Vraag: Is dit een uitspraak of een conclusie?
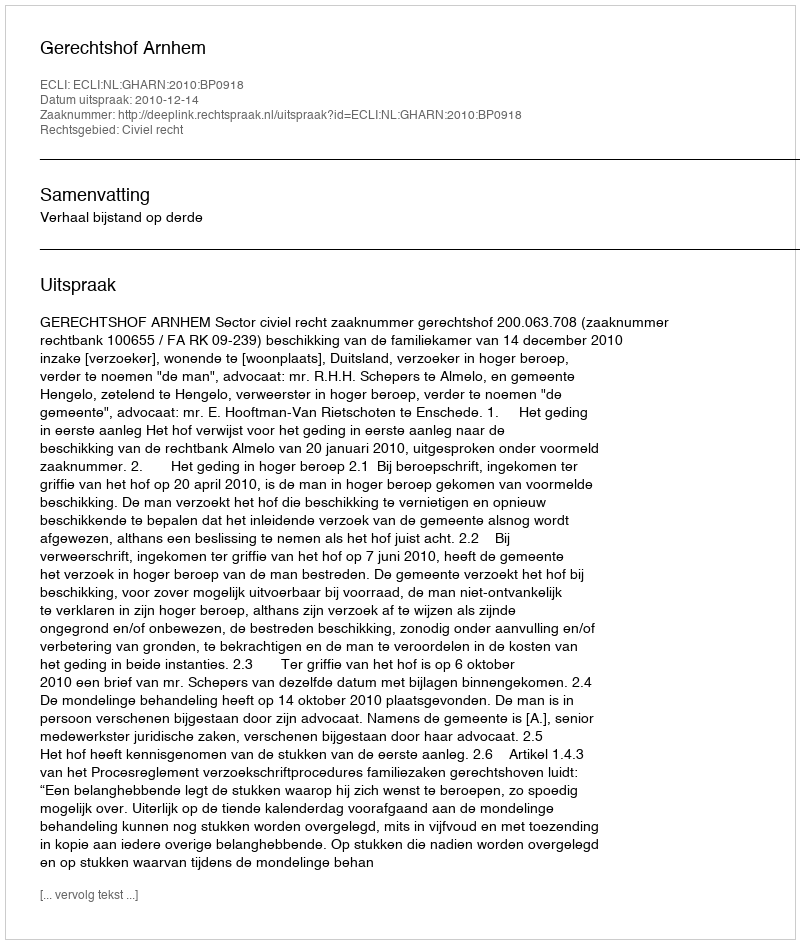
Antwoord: Uitspraak